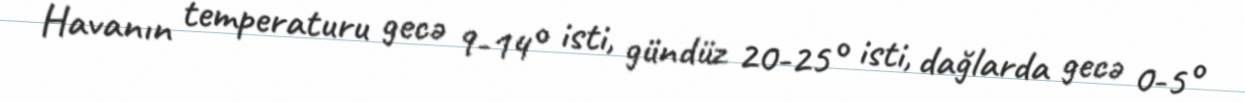
Havanın temperaturu gecə 9-14° isti, gündüz 20-25° isti, dağlarda gecə 0-5°